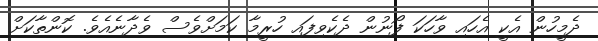
ދެމީހުން އެކީ އެހައި ވާހަކަ ފޯނުން ދެކެވިފައި ހުރީމާ ކަމަށްވެސް ވެދާނެއެވެ. ކޮންތާކަށް